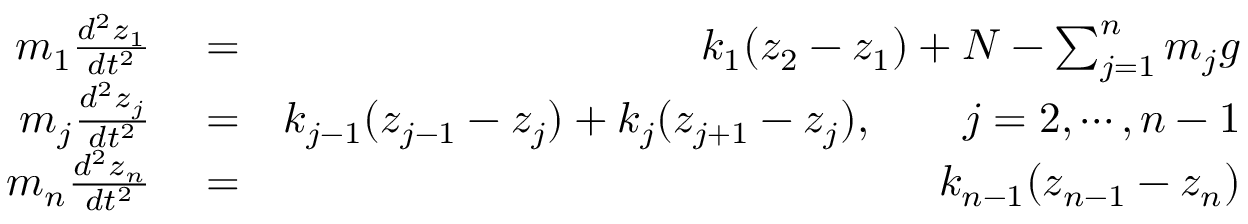
\begin{array} { r l r } { m _ { 1 } \frac { d ^ { 2 } z _ { 1 } } { d t ^ { 2 } } } & { { } = } & { k _ { 1 } ( z _ { 2 } - z _ { 1 } ) + N - \sum _ { j = 1 } ^ { n } m _ { j } g } \\ { m _ { j } \frac { d ^ { 2 } z _ { j } } { d t ^ { 2 } } } & { { } = } & { k _ { j - 1 } ( z _ { j - 1 } - z _ { j } ) + k _ { j } ( z _ { j + 1 } - z _ { j } ) , \qquad j = 2 , \cdots , n - 1 } \\ { m _ { n } \frac { d ^ { 2 } z _ { n } } { d t ^ { 2 } } } & { { } = } & { k _ { n - 1 } ( z _ { n - 1 } - z _ { n } ) } \end{array}